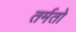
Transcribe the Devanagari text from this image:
तर्मतो